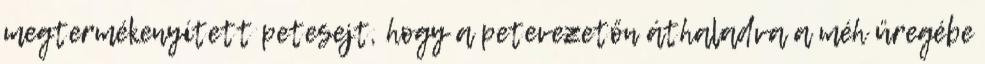
megtermékenyített petesejt, hogy a petevezetőn áthaladva a méh üregébe